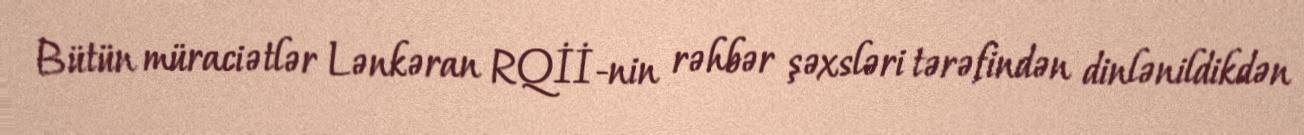
Bütün müraciətlər Lənkəran RQİİ-nin rəhbər şəxsləri tərəfindən dinlənildikdən